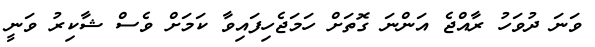
ވަނަ ދުވަހު ރާއްޖެ އަންނަ ގޮތަށް ހަމަޖެހިފައިވާ ކަމަށް ވެސް ޝާކިރު ވަނީ